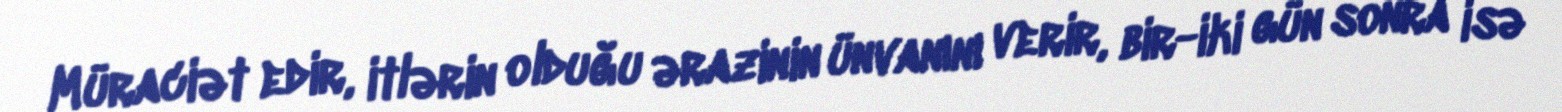
Müraciət edir, itlərin olduğu ərazinin ünvanını verir, bir-iki gün sonra isə